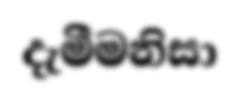
දැමීමනිසා